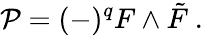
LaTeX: {\cal P}=(-)^{q}F\wedge\tilde{F}~.